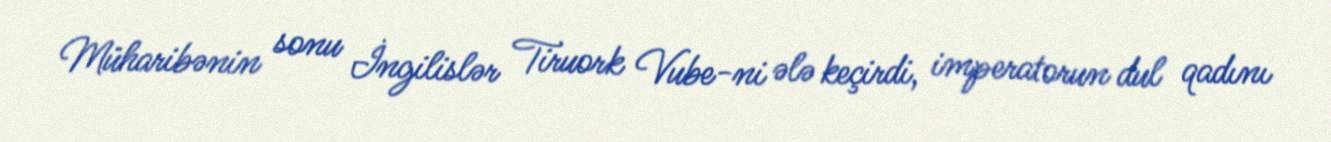
Müharibənin sonu İngilislər Tiruork Vube-ni ələ keçirdi, imperatorun dul qadını